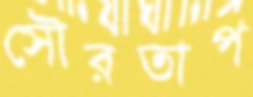
সৌরতাপ